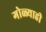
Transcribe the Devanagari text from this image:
गोळ्याही